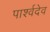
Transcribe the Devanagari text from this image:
पार्श्वदेव